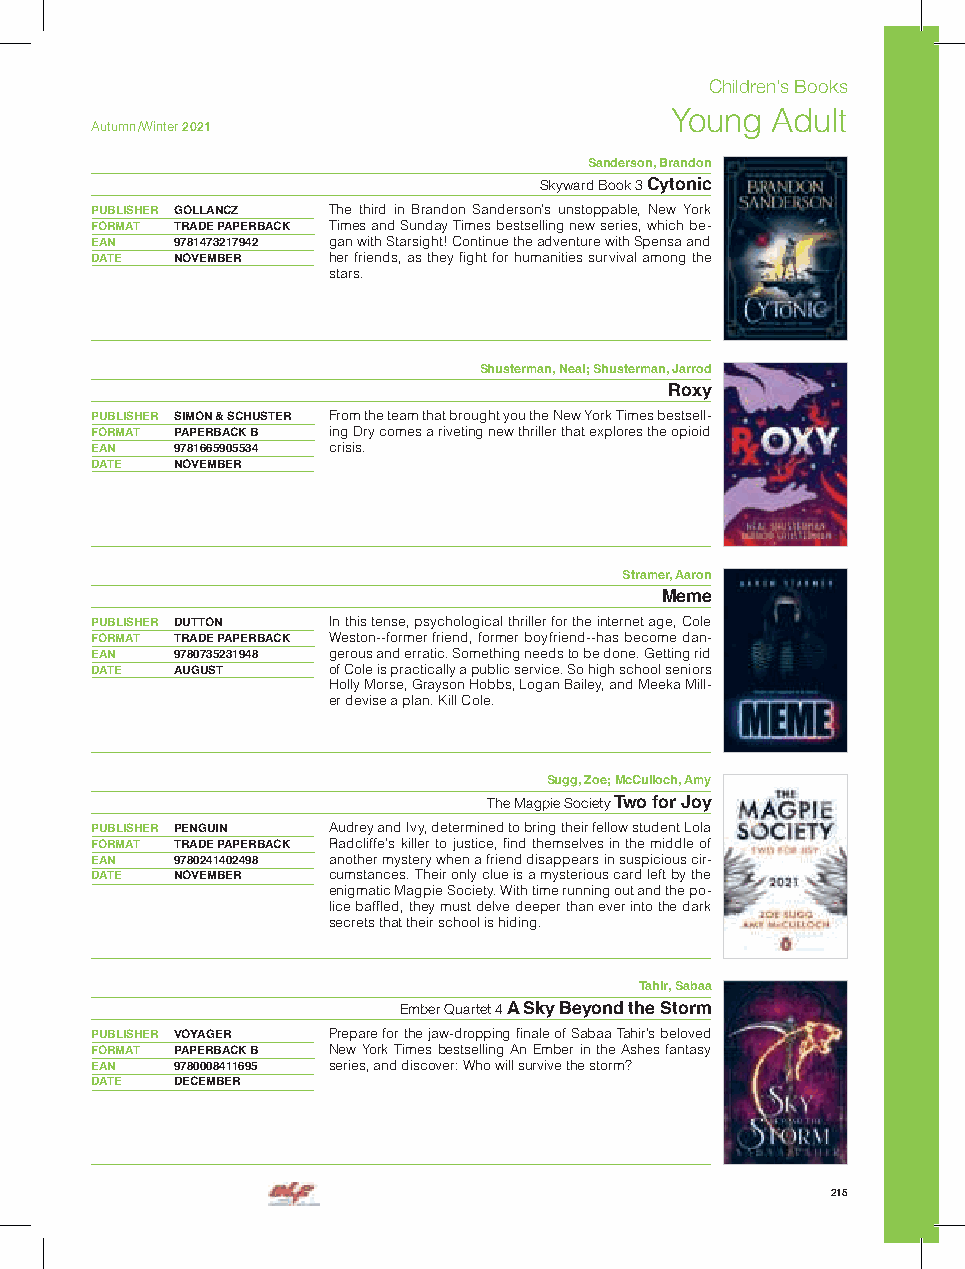
Children’s Books
 Young  Adult
 Autumn /Winter 2021
 Sanderson, Brandon
 Skyward Book 3 Cytonic
 PUBLISHER GOLLANCZ The third in Brandon Sanderson’s unstoppable, New York
 FORMAT TRADE PAPERBACK Times and Sunday Times bestselling new series, which be-
 EAN  9781473217942 gan with Starsight! Continue the adventure with Spensa and
 DATE NOVEMBER   her friends, as they fight for humanities survival among the
 stars.
 Shusterman, Neal; Shusterman, Jarrod
 Roxy
 PUBLISHER SIMON & SCHUSTER From the team that brought you the New York Times bestsell-
 FORMAT PAPERBACK B ing Dry comes a riveting new thriller that explores the opioid
 EAN  9781665905534 crisis.
 DATE NOVEMBER
 Stramer, Aaron
 Meme
 PUBLISHER DUTTON In this tense, psychological thriller for the internet age, Cole
 FORMAT TRADE PAPERBACK Weston--former friend, former boyfriend--has become dan-
 EAN  9780735231948 gerous and erratic. Something needs to be done. Getting rid
 DATE AUGUST     of Cole is practically a public service. So high school seniors
 Holly Morse, Grayson Hobbs, Logan Bailey, and Meeka Mill-
 er devise a plan. Kill Cole.
 Sugg, Zoe; McCulloch, Amy
 The Magpie Society Two for Joy
 PUBLISHER PENGUIN Audrey and Ivy, determined to bring their fellow student Lola
 FORMAT TRADE PAPERBACK Radcliffe’s killer to justice, find themselves in the middle of
 EAN  9780241402498 another mystery when a friend disappears in suspicious cir-
 DATE NOVEMBER   cumstances. Their only clue is a mysterious card left by the
 enigmatic Magpie Society. With time running out and the po-
 lice baffled, they must delve deeper than ever into the dark
 secrets that their school is hiding.
 Tahir, Sabaa
 Ember Quartet 4 A Sky Beyond the Storm
 PUBLISHER VOYAGER Prepare for the jaw-dropping finale of Sabaa Tahir’s beloved
 FORMAT PAPERBACK B New York Times bestselling An Ember in the Ashes fantasy
 EAN  9780008411695 series, and discover: Who will survive the storm?
 DATE DECEMBER
 215